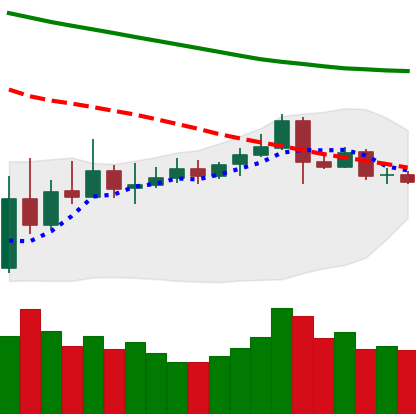
Ticker: ETC-USD
Chart end date: 2019-11-13
Forward return: -8.707%
Label: down_7plus